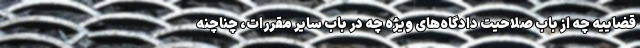
قضاییه چه از باب صلاحیت دادگاه‌های ویژه چه در باب سایر مقررات، چناچنه